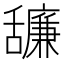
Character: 𦧷